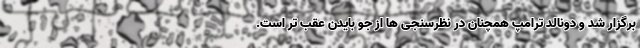
برگزار شد و دونالد ترامپ همچنان در نظرسنجی ها از جو بایدن عقب تر است.